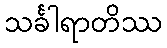
သင်္ခါရာတိဿ